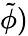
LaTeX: \tilde{\phi})